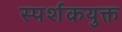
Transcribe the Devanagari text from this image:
स्पर्शकयुक्त